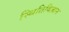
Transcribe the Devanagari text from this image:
स्थितिविज्ञान